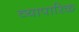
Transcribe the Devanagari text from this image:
व्‍यापारिक